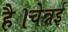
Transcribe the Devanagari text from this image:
है।चेन्नई